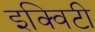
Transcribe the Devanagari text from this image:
इक्‍विटी